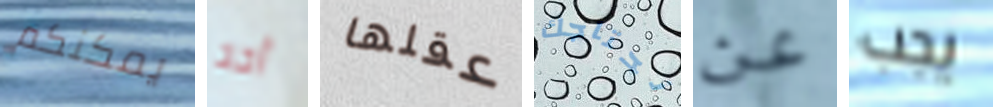
يمكنكم أحد عقلها نحتاجك عن يجب